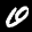
Label: 0